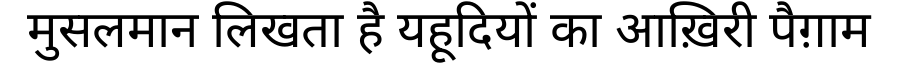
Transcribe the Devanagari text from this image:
मुसलमान लिखता है यहूदियों का आख़िरी पैग़ाम